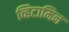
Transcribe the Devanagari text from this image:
व्हिटामिन